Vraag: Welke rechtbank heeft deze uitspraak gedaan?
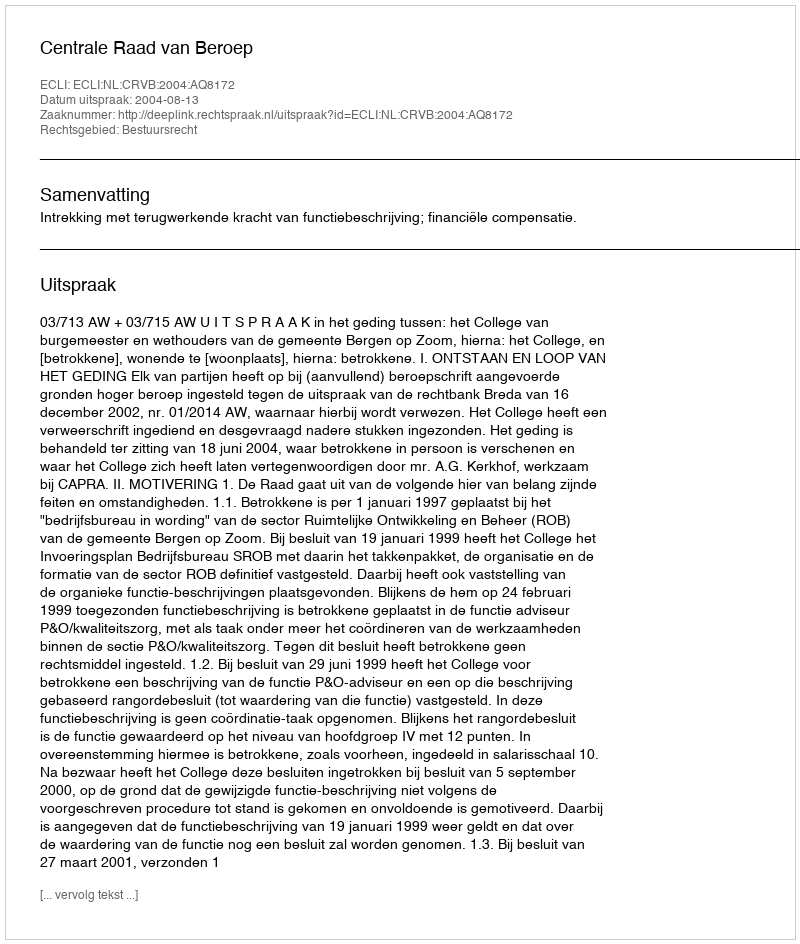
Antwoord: Centrale Raad van Beroep